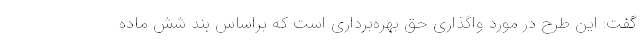
گفت: این طرح در مورد واگذاری حق بهره‌برداری است که براساس بند شش ماده